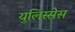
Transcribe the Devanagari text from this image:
युलिस्सेस